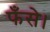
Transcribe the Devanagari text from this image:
फँसे।